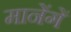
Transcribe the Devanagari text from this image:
मानेंगें